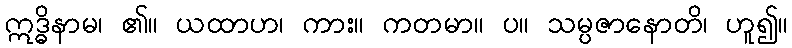
ဣဒ္ဓိနာမ၊ ၏။ ယထာဟ၊ ကား။ ကတမာ။ ပ။ သမ္ပဇာနောတိ၊ ဟူ၍။